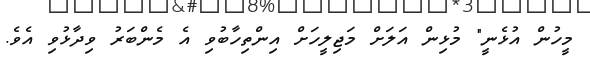
މީހުން އުޅެނީ" މުޅިން އަލަށް މަޖިލީހަށް އިންތިހާބުވި އެ މެންބަރު ވިދާޅުވި އެވެ.